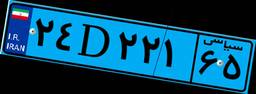
۶۷D۶۲۹۹۹